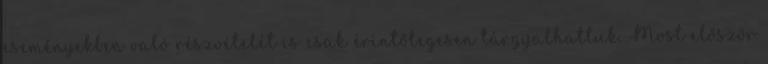
eseményekben való részvételét is csak érintőlegesen tárgyalhattuk. Most először